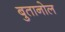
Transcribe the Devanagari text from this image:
बुतानोल